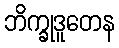
ဘိက္ခုဒူတေန